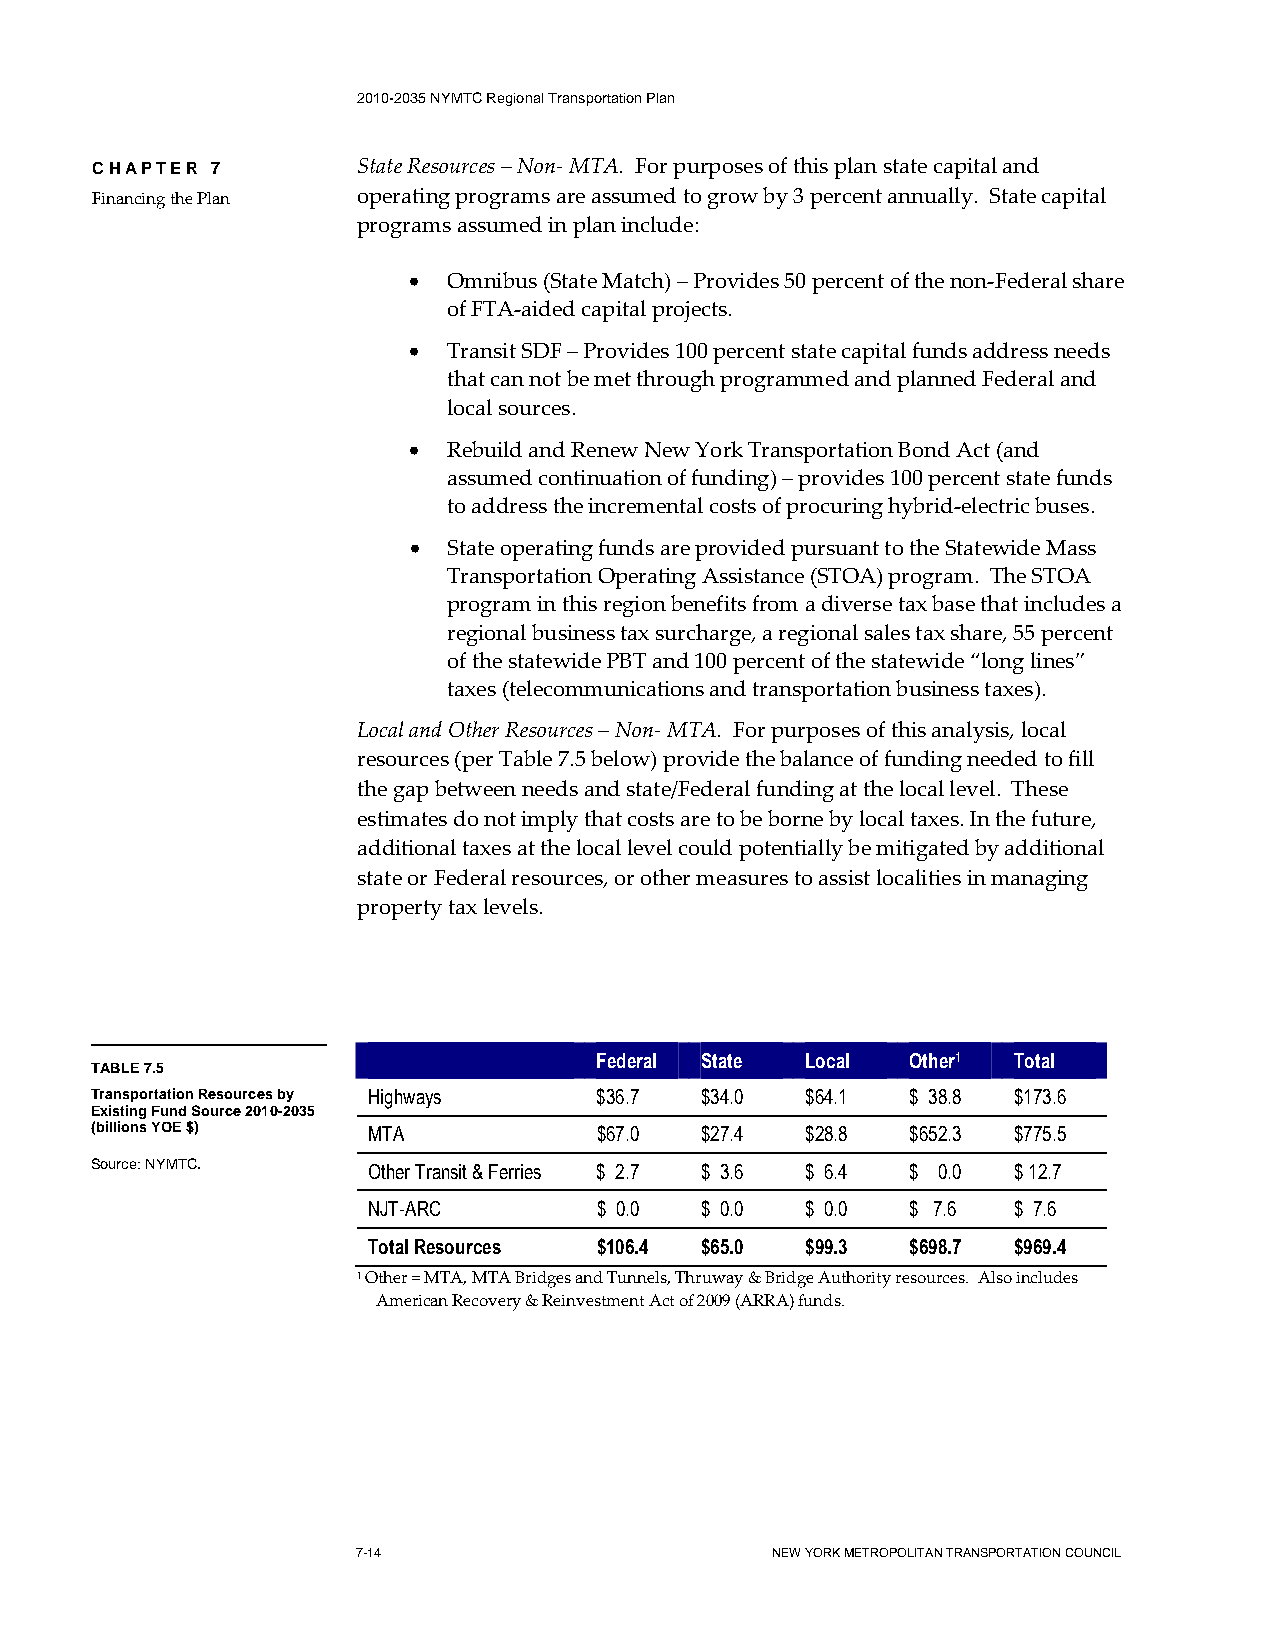
2010-2035 NYMTC Regional Transportation Plan
 CHAPTER 7         State Resources – Non- MTA. For purposes of this plan state capital and
 Financing the Plan operating programs are assumed to grow by 3 percent annually. State capital
 programs assumed in plan include:
 •  Omnibus (State Match) – Provides 50 percent of the non-Federal share
 of FTA-aided capital projects.
 •  Transit SDF – Provides 100 percent state capital funds address needs
 that can not be met through programmed and planned Federal and
 local sources.
 •  Rebuild and Renew New York Transportation Bond Act (and
 assumed continuation of funding) – provides 100 percent state funds
 to address the incremental costs of procuring hybrid-electric buses.
 •  State operating funds are provided pursuant to the Statewide Mass
 Transportation Operating Assistance (STOA) program. The STOA
 program in this region benefits from a diverse tax base that includes a
 regional business tax surcharge, a regional sales tax share, 55 percent
 of the statewide PBT and 100 percent of the statewide “long lines”
 taxes (telecommunications and transportation business taxes).
 Local and Other Resources – Non- MTA. For purposes of this analysis, local
 resources (per Table 7.5 below) provide the balance of funding needed to fill
 the gap between needs and state/Federal funding at the local level. These
 estimates do not imply that costs are to be borne by local taxes. In the future,
 additional taxes at the local level could potentially be mitigated by additional
 state or Federal resources, or other measures to assist localities in managing
 property tax levels.
 Federal State Local  Other1 Total
 TABLE 7.5
 Transportation Resources by Highways $36.7 $34.0 $64.1 $ 38.8 $173.6
 Existing Fund Source 2010-2035
 (billions YOE $)  MTA            $67.0  $27.4  $28.8  $652.3 $775.5
 Source: NYMTC.    Other Transit & Ferries $ 2.7 $ 3.6 $ 6.4 $ 0.0 $ 12.7
 NJT-ARC        $ 0.0  $ 0.0  $ 0.0  $ 7.6  $ 7.6
 Total Resources $106.4 $65.0 $99.3  $698.7 $969.4
 1 Other = MTA, MTA Bridges and Tunnels, Thruway & Bridge Authority resources. Also includes
 American Recovery & Reinvestment Act of 2009 (ARRA) funds.
 7-14                       NEW YORK METROPOLITAN TRANSPORTATION COUNCIL